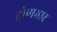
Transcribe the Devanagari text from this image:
द्रोणभार